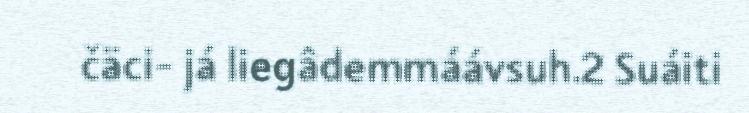
čäci- já liegâdemmáávsuh.2 Suáiti